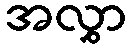
အလွှာ